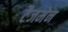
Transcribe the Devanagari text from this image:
टैजमेन